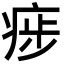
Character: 㾟